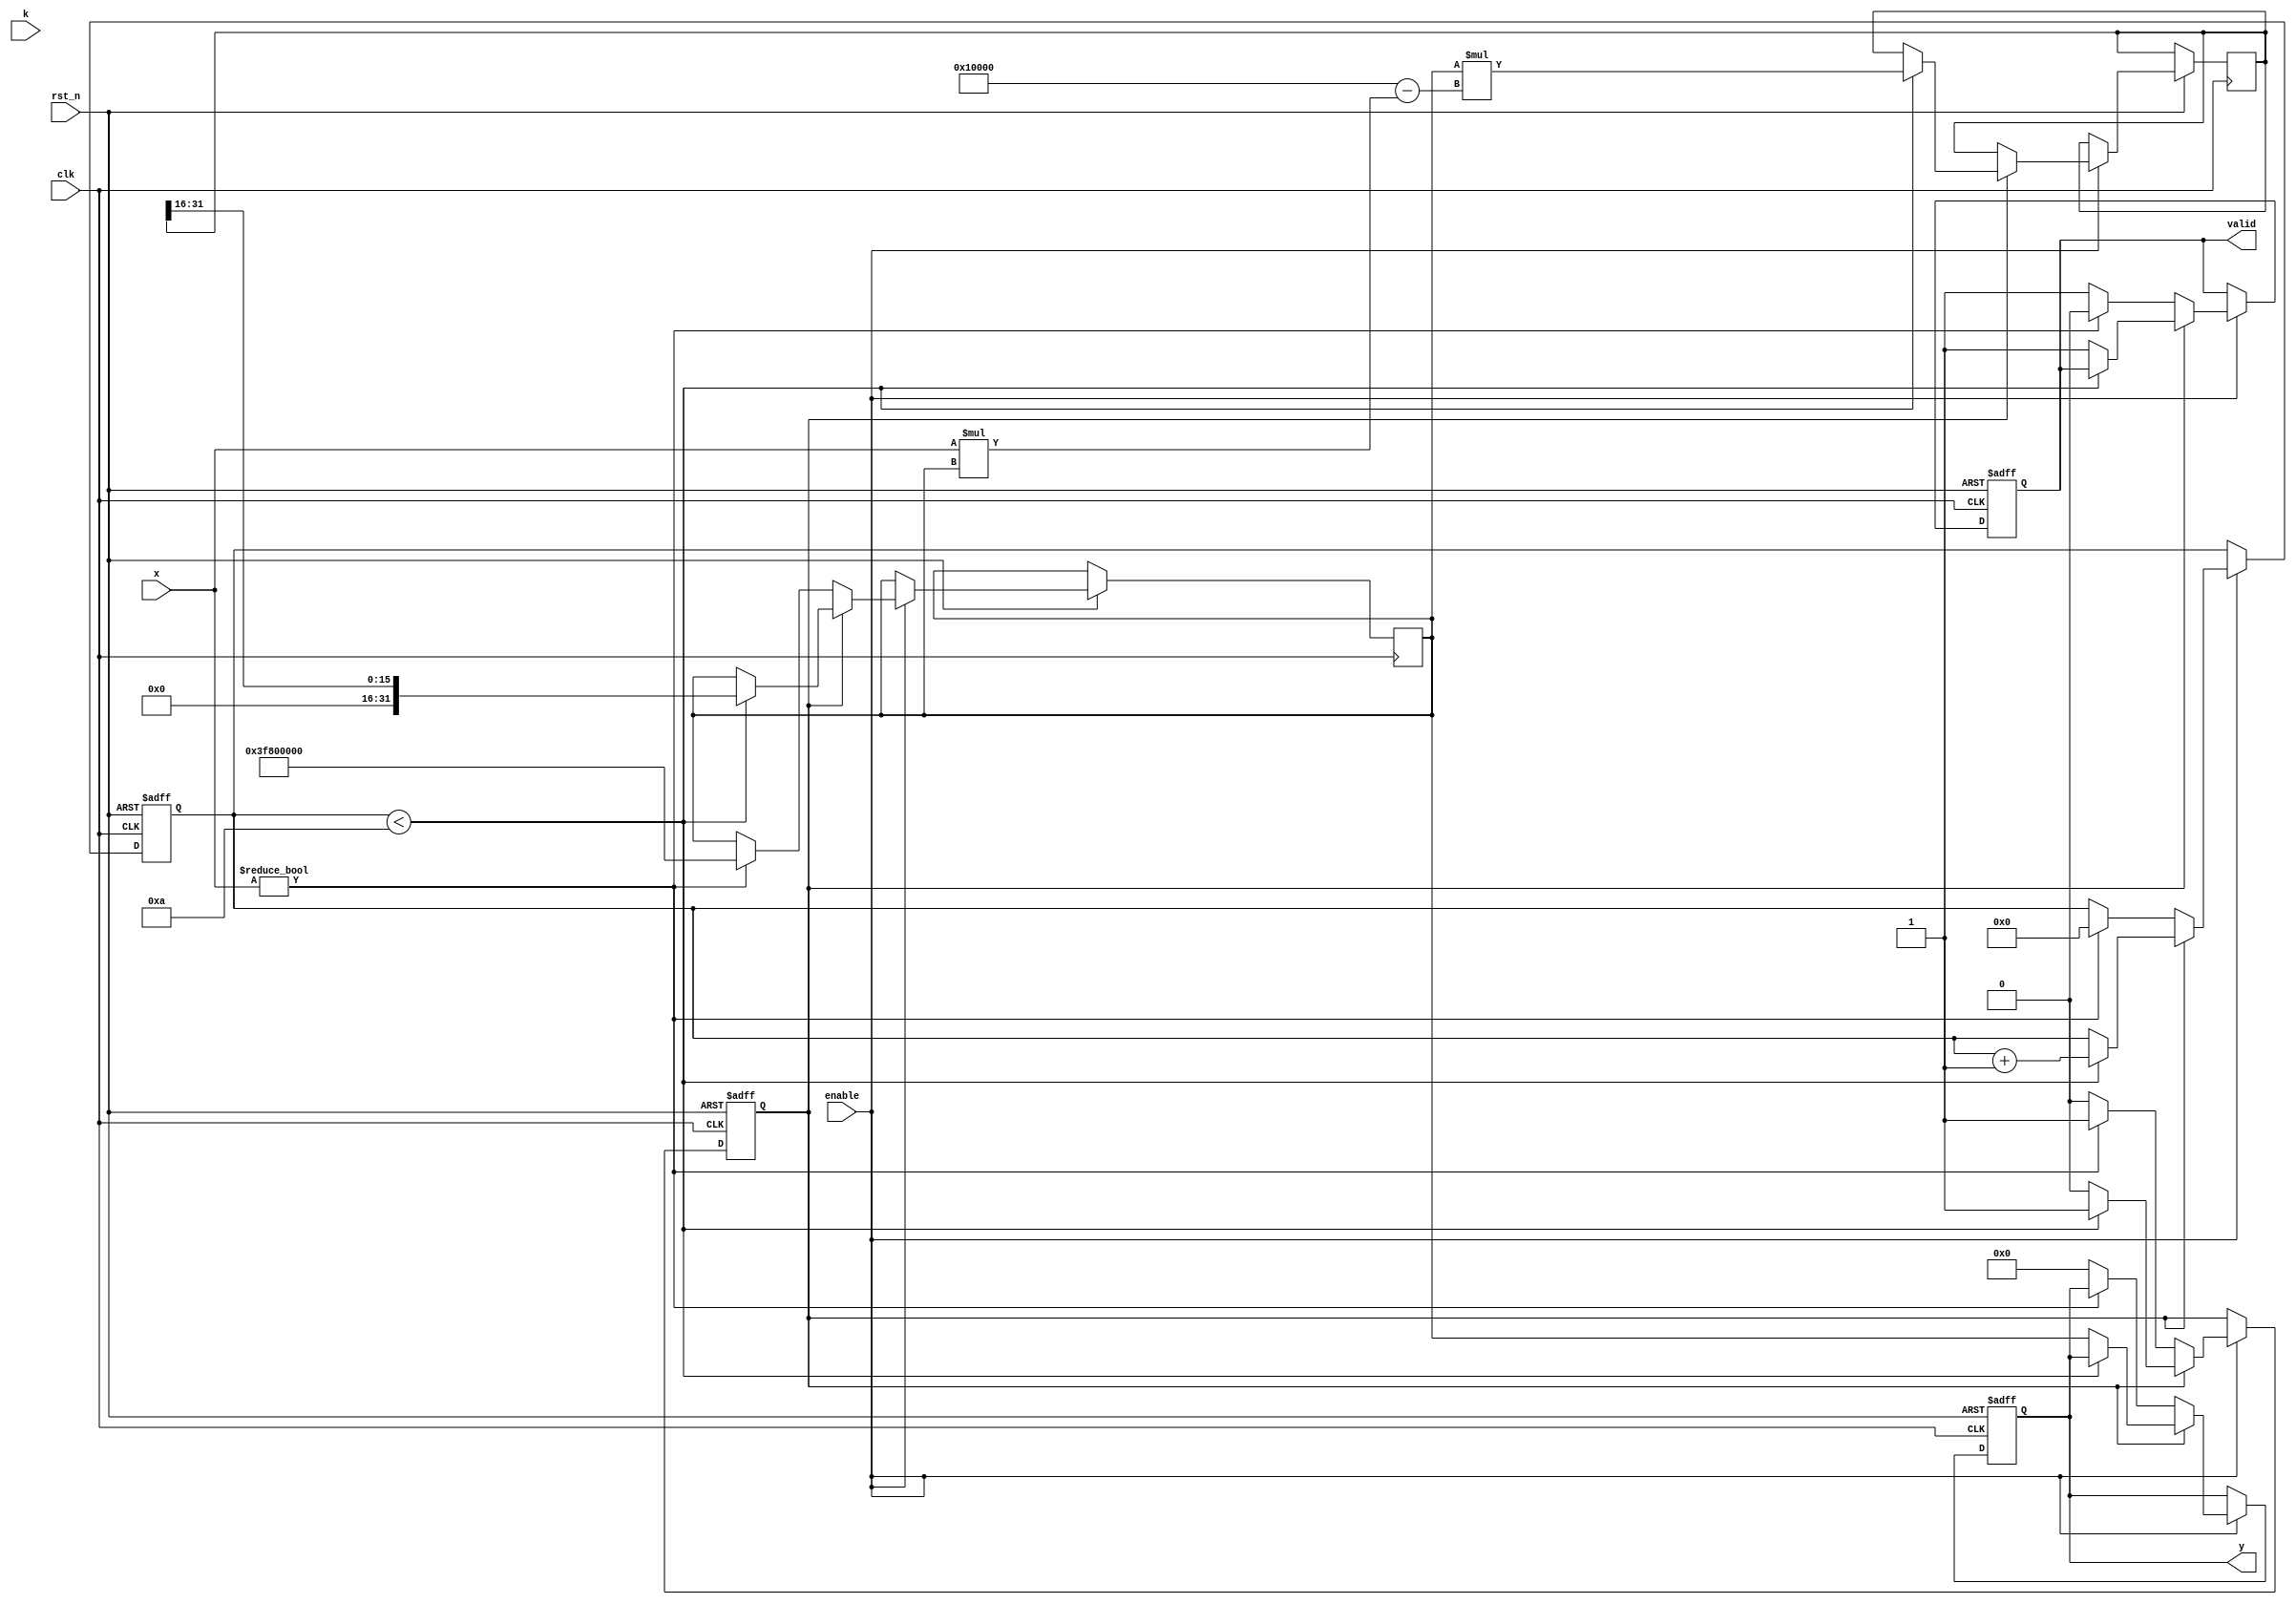
module fractional_order_reciprocal (
    input wire clk,                // Clock signal
    input wire rst_n,              // Active low reset
    input wire enable,             // Enable signal
    input wire [15:0] x,           // Input value (fixed-point representation)
    input wire [7:0] k,            // Fractional order (fixed-point representation)
    output reg [31:0] y,           // Output value (fixed-point representation)
    output reg valid               // Output valid signal
);

    // Internal parameters
    parameter MAX_ITER = 10;       // Maximum number of iterations for Newton-Raphson
    parameter FIXED_POINT_FRACTIONAL_BITS = 16; // Number of fractional bits in fixed-point representation

    reg [31:0] x_inv;               // Inverse of x
    reg [31:0] approx;              // Current approximation
    reg [3:0] iter_count;           // Iteration counter
    reg computing;                  // Flag to indicate if computation is in progress

    // Compute reciprocal using Newton-Raphson method
    always @(posedge clk or negedge rst_n) begin
        if (!rst_n) begin
            y <= 32'b0;
            valid <= 1'b0;
            computing <= 1'b0;
            iter_count <= 4'b0;
        end else if (enable) begin
            if (!computing) begin
                // Initialize for computation
                if (x != 0) begin
                    approx <= 32'h3F800000; // Initial guess (1.0 in floating-point)
                    iter_count <= 4'b0;
                    computing <= 1'b1;
                    valid <= 1'b0;
                end else begin
                    // Handle division by zero
                    y <= 32'b0; // Output zero for invalid input
                    valid <= 1'b1;
                end
            end else begin
                // Newton-Raphson iteration
                if (iter_count < MAX_ITER) begin
                    // Update approximation
                    x_inv <= approx * (2**FIXED_POINT_FRACTIONAL_BITS - x * approx);
                    approx <= x_inv >> FIXED_POINT_FRACTIONAL_BITS; // Shift back to fixed-point
                    iter_count <= iter_count + 1;
                end else begin
                    // Finalize output
                    y <= approx;
                    valid <= 1'b1;
                    computing <= 1'b0;
                end
            end
        end
    end

endmodule